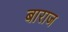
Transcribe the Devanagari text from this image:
बाराज